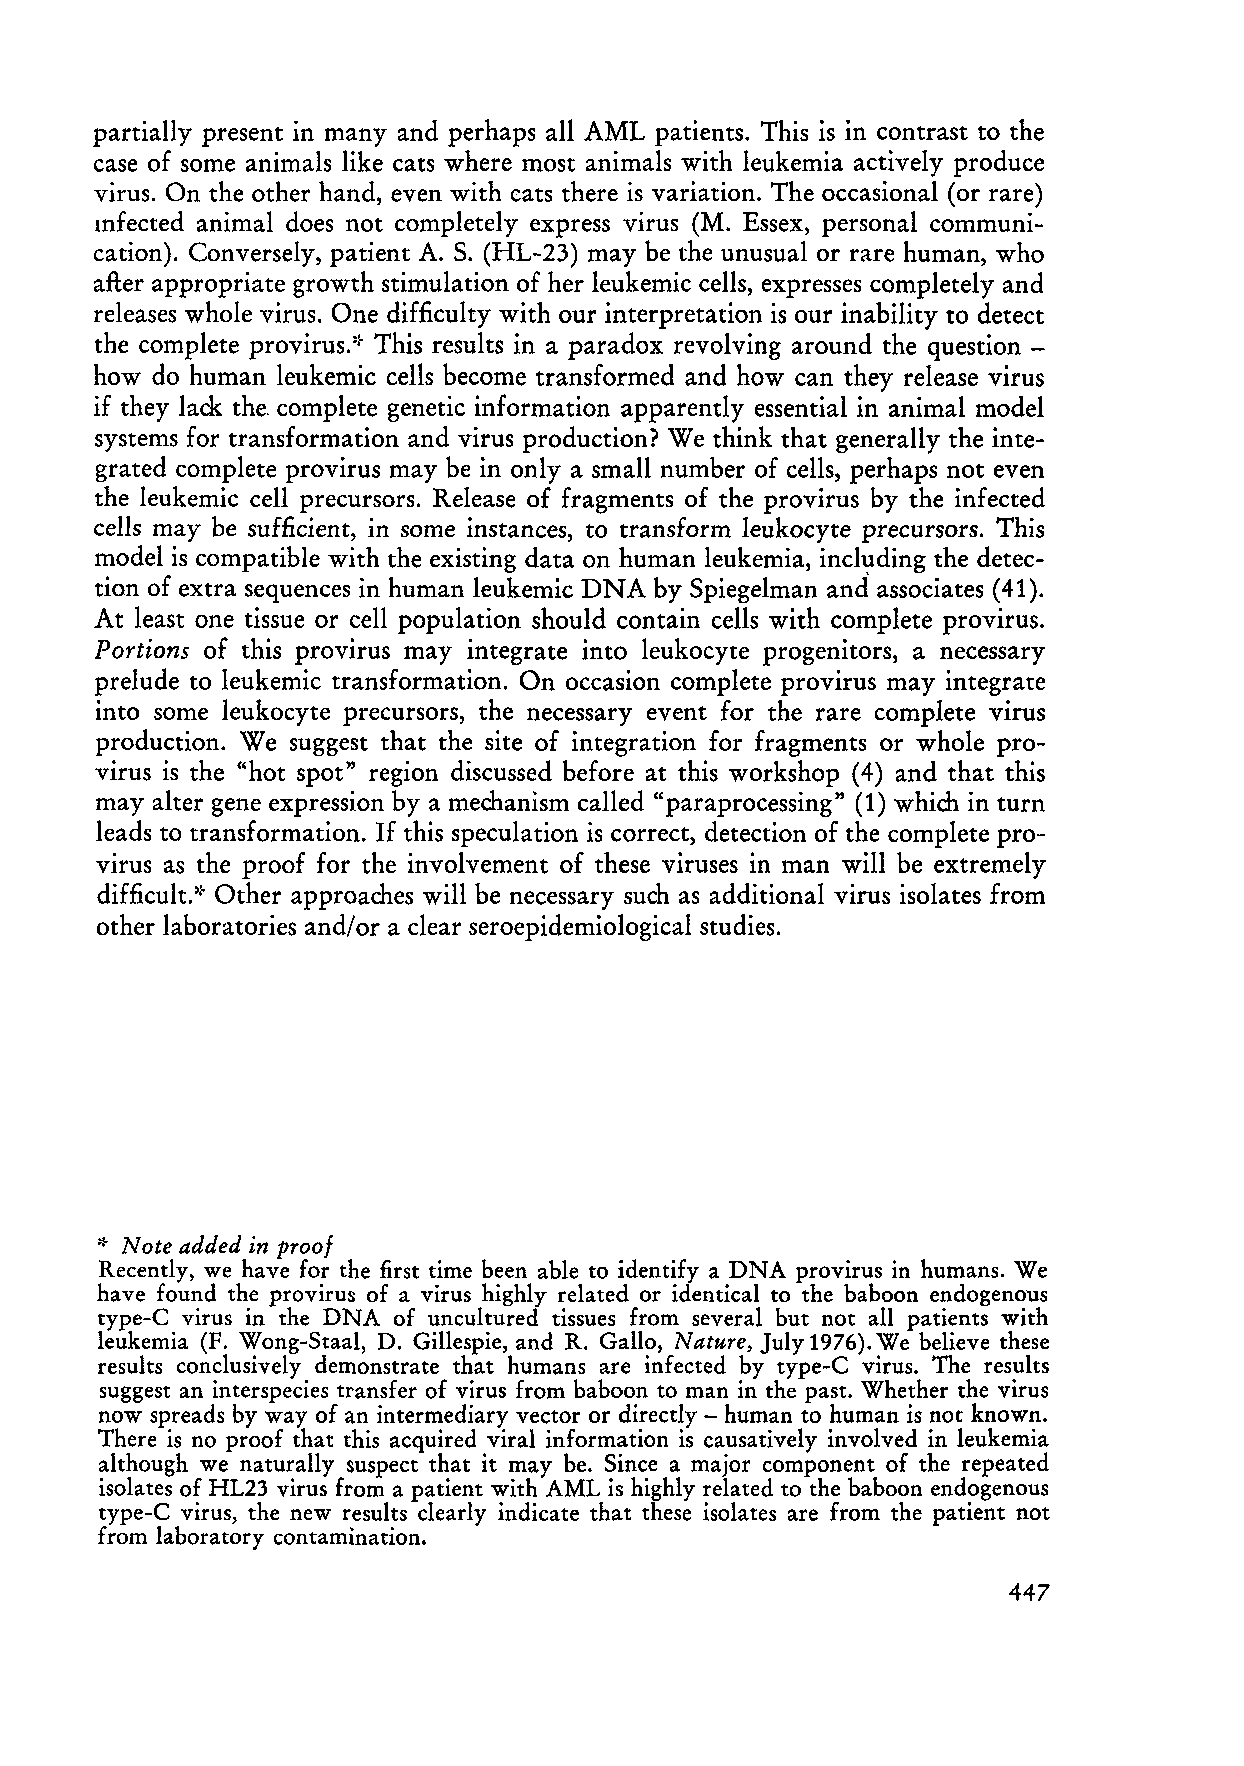
partially present in many and perhaps all AML patients. This is in contrast to the
 case of some animals like cats where most animals with leukemia actively produce
 virus. On the other hand, even with cats there is variation. The occasional (or rare)
 mfected animal does not completely express virus (M. Essex, personal communi
 cation). Conversely, patient A. S. (HL-23) may be the unusual or rare human, who
 after appropriate growth stimulation of her leukemic cells, expresses completely and
 releases whole virus. One difficulty with our interpretation is our inability to detect
 the complete provirus.:} This results in a paradox revolving around the question -
 how do human leukemic cells become transformed and how can they release virus
 if they lack the. complete genetic information apparently essential in anima I model
 systems for transformation and virus production? We think that generally the inte
 grated complete provirus may be in only a sm all nu mb er of cells, perhaps not even
 the leukemic cell precursors. Release of fragments of the provirus by the infected
 cells may be sufficient, in some instances, to trans form leukocyte precursors. This
 model is compatible with the existing data on human leukemia, including the detec
 tion of extra sequences in human leukemic DNA by Spiegelman anel associates (41).
 At least one tissue or cell population should contain cells with complete provirus.
 Portions of this provirus may integrate into leukocyte progenitors, a necessary
 prelude to leukemic transformation. On occasion complete provirus may integrate
 into some leukocyte precursors, the necessary event for the rare complete virus
 production. We suggest that the site of integration for fragments or whole pro
 virus is the "hot spot" region discussed before at this workshop (4) and that this
 may alter gene expression by a mechanism called "paraprocessing" (1) which in turn
 leads to transformation. If this speculation is correct, detection of the complete pro
 virus as the proof for the involvement of these viruses in man will be extremely
 difficult.:~ Other approaches will be necessary such as additional virus isolates from
 other laboratories and/or a clear seroepidemiological studies.
 ,~ Note added in proo!
 Recently, we have for the first time been able to identify a DNA provirus in humans. We
 have found the provirus of a virus highly related or identical to the baboon endogenous
 type-C virus in the DNA of uncultured tissues from several but not all patients with
 leukemia (F. Wong-Staal, D. Gillespie, and R. Gallo, Nature, July 1976). We believe these
 results conclusively demonstrate that humans are infected by type-C virus. The results
 suggest an interspecies transfer of virus from baboon to man in the past. Whether the virus
 now spreads by way of an intermediary vector or directly - human to human is not known.
 There is no proof that this acquired viral information is causatively involved in leukemia
 although we naturally suspect that it may be. Since a major component of the repeated
 isolates of HL23 virus from a patient with AML is highly related to the baboon endogenous
 type-C virus, the new results clearly indicate that these isolates are from the patient not
 from laboratory contamination.
 447